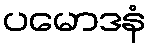
ပမောဒနံ